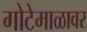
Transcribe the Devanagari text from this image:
गोटेमाळावर